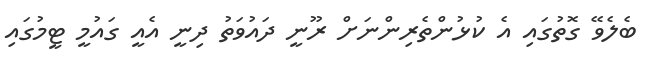
ބެލެވޭ ގޮތުގައި އެ ކުޅުންތެރިންނަށް ރޫނީ ދައުވަތު ދިނީ އެއީ ގައުމީ ޓީމުގައި